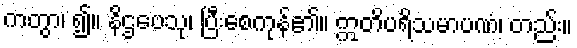
ကတွာ၊ ၍။ နိဌဗေသု၊ ပြီးစေကုန်၏။ ဣတိပရိသမာပဏံ၊ တည်း။